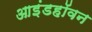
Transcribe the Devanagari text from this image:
आइंडहॉवन